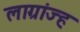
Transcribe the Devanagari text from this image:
लाग्रांज्ह